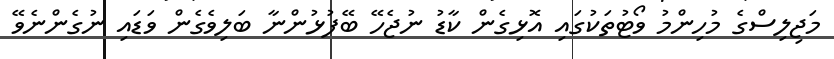
މަޖިލިސްގެ މުހިންމު ވޯޓުތަކުގައި އޮޅިގެން ކާޑު ނުޖެހޭ ބޭފުޅުންނާ ބަލިވެގެން ވަޑައި ނުގެންނެވޭ